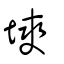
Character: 塽